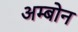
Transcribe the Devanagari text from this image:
अम्बोन